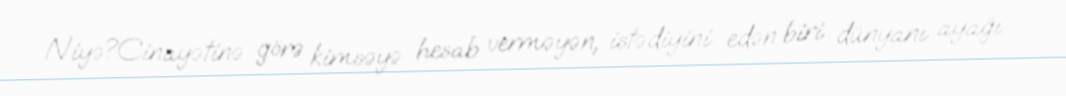
Niyə?Cinayətinə görə kimsəyə hesab verməyən, istədiyini edən biri dünyanı ayağı